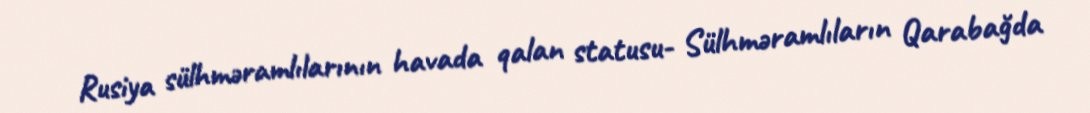
Rusiya sülhməramlılarının havada qalan statusu- Sülhməramlıların Qarabağda